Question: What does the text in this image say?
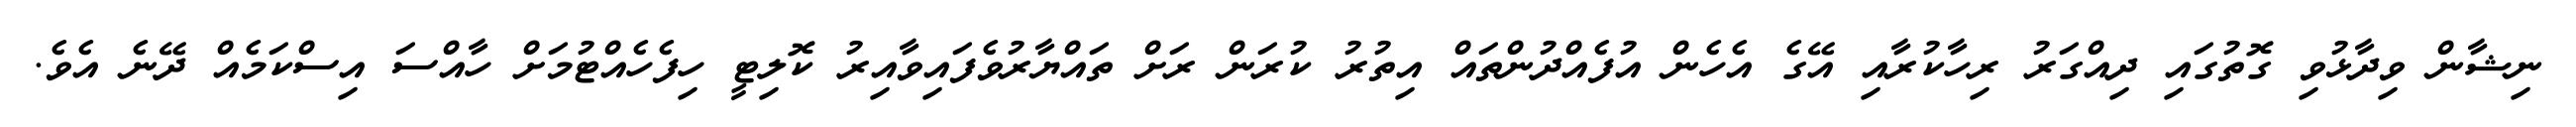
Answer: ނިޝާން ވިދާޅުވި ގޮތުގައި ދިއްގަރު ރިހާކުރާއި އޭގެ އެހެން އުފެއްދުންތައް އިތުރު ކުރަން ރަށް ތައްޔާރުވެފައިވާއިރު ކޮލިޓީ ހިފެހެއްޓުމަށް ހާއްސަ އިސްކަމެއް ދޭނެ އެވެ.